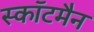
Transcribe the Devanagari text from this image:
स्कॉटमैन